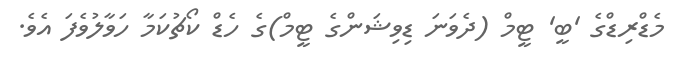
މެޑްރިޑްގެ 'ބީ' ޓީމް (ދެވަނަ ޑިވިޝަންގެ ޓީމް)ގެ ހެޑް ކޯޗުކަމާ ހަވާލުވެފަ އެވެ.